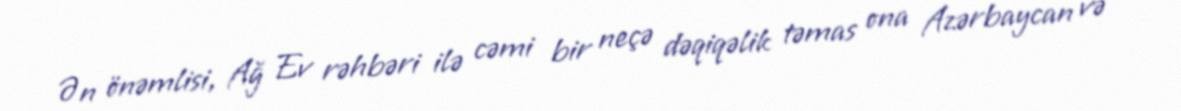
Ən önəmlisi, Ağ Ev rəhbəri ilə cəmi bir neçə dəqiqəlik təmas ona Azərbaycan və